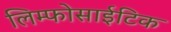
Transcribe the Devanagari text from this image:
लिम्फोसाईटिक